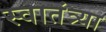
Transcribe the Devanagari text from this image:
स्वातंत्र्या